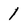
Character: 1